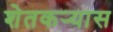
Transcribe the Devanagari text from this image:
शेतकर्‍यास